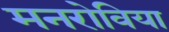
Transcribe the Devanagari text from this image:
मनरोविया